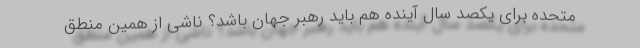
متحده برای یکصد سال آینده هم باید رهبر جهان باشد؟ ناشی از همین منطق